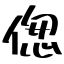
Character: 偬